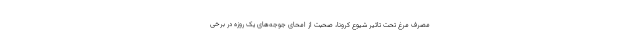
مصرف مرغ تحت تاثیر شیوع کرونا، صحبت از امحای جوجه‌های یک روزه در برخی